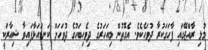
މުޅި ރާއްޖޭގައި ފާހަގަކުރާ ދުވަހެކެވެ. އެގޮތުން މިއަހަރުގެ ދިވެހިބަހުގެ ދުވަހަށް ކަނޑައަޅާފައިވާ ޝިއާރަކީ